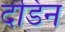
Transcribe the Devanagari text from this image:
दंडिन